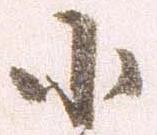
小